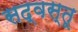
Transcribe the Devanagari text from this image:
सद्‌वस्तू